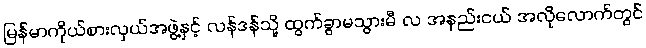
မြန်မာကိုယ်စားလှယ်အဖွဲ့နှင့် လန်ဒန်သို့ ထွက်ခွာမသွားမီ လ အနည်းငယ် အလိုလောက်တွင်